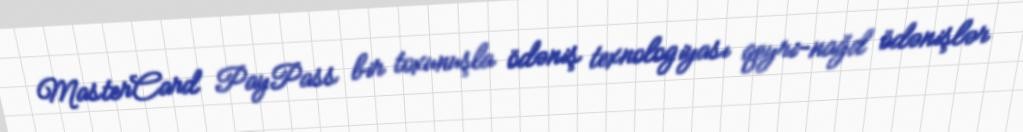
MasterCard PayPass bir toxunuşla ödəniş texnologiyası qeyri-nağd ödənişlər